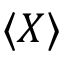
\langle X \rangle